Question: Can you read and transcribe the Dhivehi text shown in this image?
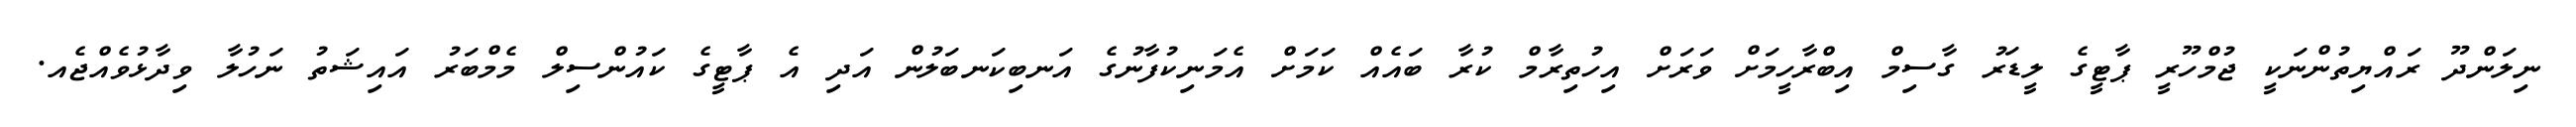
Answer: ނިލަންދޫ ރައްޔިތުންނަކީ ޖުމްހޫރީ ޕާޓީގެ ލީޑަރު ގާސިމް އިބްރާހީމަށް ވަރަށް އިހުތިރާމް ކުރާ ބައެއް ކަމަށް އެމަނިކުފާނުގެ އަނބިކަނބަލުން އަދި އެ ޕާޓީގެ ކައުންސިލް މެމްބަރު އައިޝަތު ނަހުލާ ވިދާޅުވެއްޖެއ.